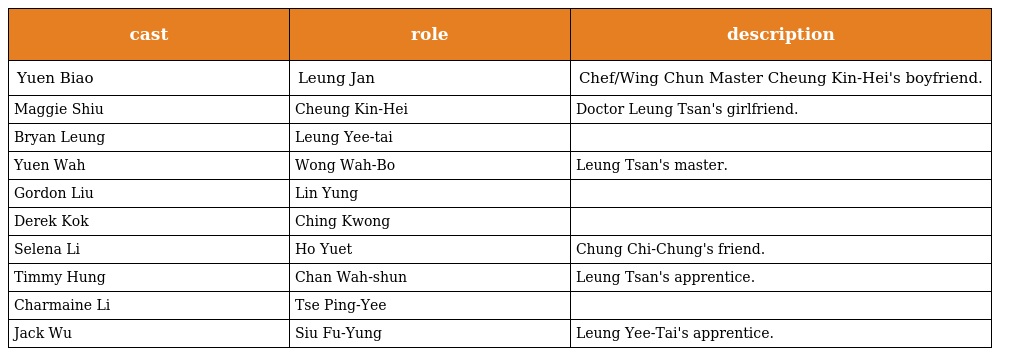
| cast | role | description |
 | --- | --- | --- |
 | Yuen Biao | Leung Jan 梁贊 | Chef/Wing Chun Master Cheung Kin-Hei's boyfriend. |
 | Maggie Shiu | Cheung Kin-Hei 張見喜 | Doctor Leung Tsan's girlfriend. |
 | Bryan Leung | Leung Yee-tai 梁二娣 |  |
 | Yuen Wah | Wong Wah-Bo 黃華寶 | Leung Tsan's master. |
 | Gordon Liu | Lin Yung 連勇 |  |
 | Derek Kok | Ching Kwong 正光 |  |
 | Selena Li | Ho Yuet 皓月 | Chung Chi-Chung's friend. |
 | Timmy Hung | Chan Wah-shun 陳華順 | Leung Tsan's apprentice. |
 | Charmaine Li | Tse Ping-Yee 謝蘋兒 |  |
 | Jack Wu | Siu Fu-Yung 小芙蓉 | Leung Yee-Tai's apprentice. |